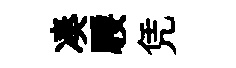
凑騕凭